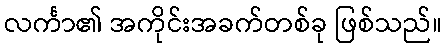
လင်္ကာ၏ အကိုင်းအခက်တစ်ခု ဖြစ်သည်။